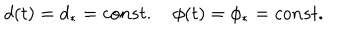
LaTeX: d ( t ) = d _ { \ast } = c o n s t . \quad \phi ( t ) = \phi _ { \ast } = c o n s t .